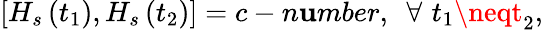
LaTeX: \left[H_{s}\left(t_{1}\right),H_{s}\left(t_{2}\right)\right]=c-n\mathbf{u}mber,\, \, \, \forall\, \, t_{1}\neqt_{2},